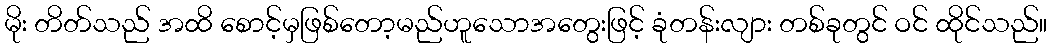
မိုး တိတ်သည် အထိ စောင့်မှဖြစ်တော့မည်ဟူသောအတွေးဖြင့် ခုံတန်းလျား တစ်ခုတွင် ဝင် ထိုင်သည်။